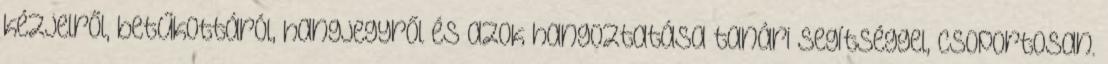
kézjelről, betűkottáról, hangjegyről és azok hangoztatása tanári segítséggel, csoportosan.